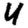
Digit: 4